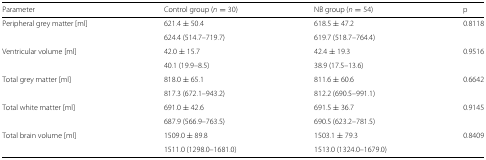
| Parameter | Control group (n=30) | NB group (n=54) | p |
 | --- | --- | --- | --- |
 | Peripheral grey matter [ml] | 621.4±50.4 | 618.5±47.2 | 0.8118 |
 |  | 624.4 (514.7–719.7) | 619.7 (518.7–764.4) |  |
 | Ventricular volume [ml] | 42.0±15.7 | 42.4±19.3 | 0.9516 |
 |  | 40.1 (19.9–8.5) | 38.9 (17.5–13.6) |  |
 | Total grey matter [ml] | 818.0±65.1 | 811.6±60.6 | 0.6642 |
 |  | 817.3 (672.1–943.2) | 812.2 (690.5–991.1) |  |
 | Total white matter [ml] | 691.0±42.6 | 691.5±36.7 | 0.9145 |
 |  | 687.9 (566.9–763.5) | 690.5 (623.2–781.5) |  |
 | Total brain volume [ml] | 1509.0±89.8 | 1503.1±79.3 | 0.8409 |
 |  | 1511.0 (1298.0–1681.0) | 1513.0 (1324.0–1679.0) |  |